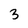
Character: 3